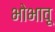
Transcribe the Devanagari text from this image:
भोभावू